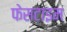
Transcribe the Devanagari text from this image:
फेसटाइम